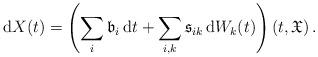
LaTeX: \begin{align*}\mathrm{d}X(t) = \left(\sum_i \mathfrak{b}_i\, \mathrm{d}t + \sum_{i,k} \mathfrak{s}_{ik}\, \mathrm{d}W_k(t)\right)(t,\mathfrak{X})\,.\end{align*}